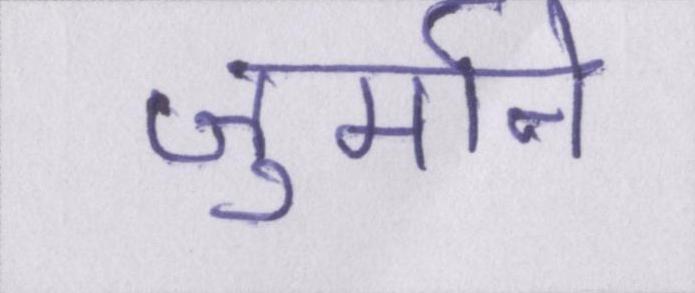
जुर्माने